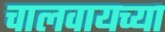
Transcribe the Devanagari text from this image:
चालवायच्या